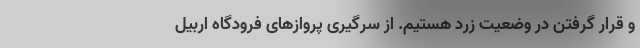
و قرار گرفتن در وضعیت زرد هستیم. از سرگیری پروازهای فرودگاه اربیل